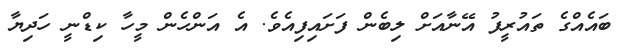
ބައެއްގެ ތައުރީފު އޭނާއަށް ލިބެން ފަށައިފިއެވެ. އެ އަންހެން މީހާ ކިޑްނީ ހަދިޔާ